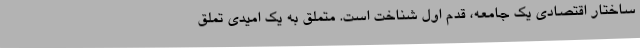
ساختارِ اقتصادی یک جامعه، قدمِ اولِ شناخت است. متملق به یک امیدی تملق